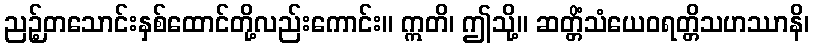
ညဉ့်တသောင်းနှစ်ထောင်တို့လည်းကောင်း။ ဣတိ၊ ဤသို့။ ဆတ္တိံသံယေဝရတ္တိသဟဿာနိ၊